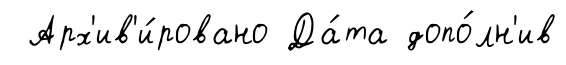
Арх'ив'и́ровано Да́та допо́лн'ив